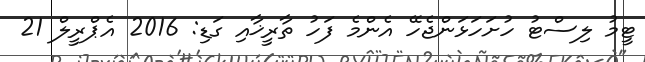
ޓީމު ލިސްޓު ހުށަހަޅަންޖެހޭ އެންމެ ފަހު ތާރީޚާއި ގަޑި: 2016 އެޕްރީލް 21